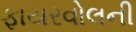
ફાયરવોલની